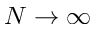
N \rightarrow \infty